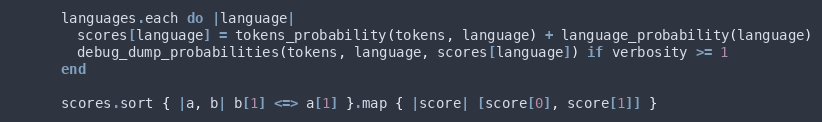
Language: Ruby
      languages.each do |language|
        scores[language] = tokens_probability(tokens, language) + language_probability(language)
        debug_dump_probabilities(tokens, language, scores[language]) if verbosity >= 1
      end

      scores.sort { |a, b| b[1] <=> a[1] }.map { |score| [score[0], score[1]] }